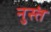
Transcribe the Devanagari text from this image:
नुस्तं